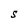
Character: S